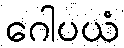
ဂေါပယံ